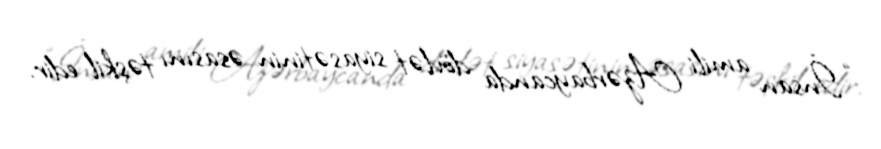
“İnsan amili Azərbaycanda dövlət siyasətinin əsasını təşkil edir.